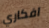
افكاري